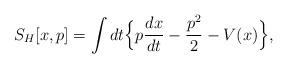
LaTeX: \begin{align*}S_{H}[x,p] =\int dt \Big\{ p\frac{dx}{dt} -\frac{p^2}{2} - V(x)\Big\}, \end{align*}